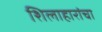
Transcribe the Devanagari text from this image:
शिलाहारांचा